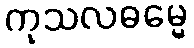
ကုသလဓမ္မေ